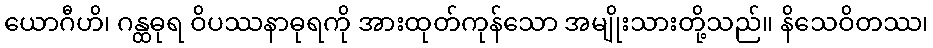
ယောဂီဟိ၊ ဂန္ထဓုရ ဝိပဿနာဓုရကို အားထုတ်ကုန်သော အမျိုးသားတို့သည်။ နိသေဝိတဿ၊